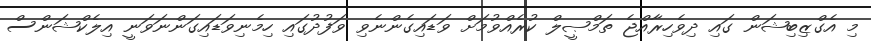
މި އެގްޒިބިޝަން ގައި ދިވެހިރާއްޖެ ތަމްޞީލް ކުރެއްވުމަށް ވަޑައިގެންނެވި ވަފުދުގައި ހިމެނިވަޑައިގަންނަވަނީ އިލެކްޝަންސް